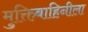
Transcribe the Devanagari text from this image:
मुक्तिबाहिनीला